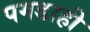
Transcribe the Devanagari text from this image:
पगडाही